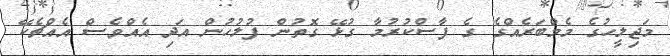
މަޖިލީހުގެ މެމްބަރެއްގެ ގެ ފާސްކުރުމާ ގުޅޭ ގޮތުން ފުލުހުން އަދި އެއްވެސް އެއްޗެކޭ